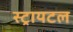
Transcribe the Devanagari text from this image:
स्ट्रायटल